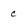
Character: c